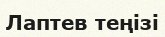
Лаптев теңізі